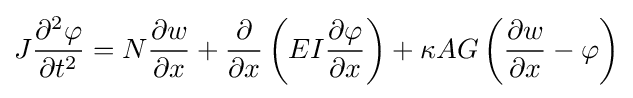
J{\frac {\partial ^{2}\varphi }{\partial t^{2}}}=N{\frac {\partial w}{\partial x}}+{\frac {\partial }{\partial x}}\left(EI{\frac {\partial \varphi }{\partial x}}\right)+\kappa AG\left({\frac {\partial w}{\partial x}}-\varphi \right)